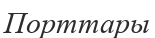
Порттары